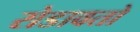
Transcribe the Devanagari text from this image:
रोडावतो